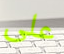
على